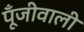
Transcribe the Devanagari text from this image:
पूँजीवाली